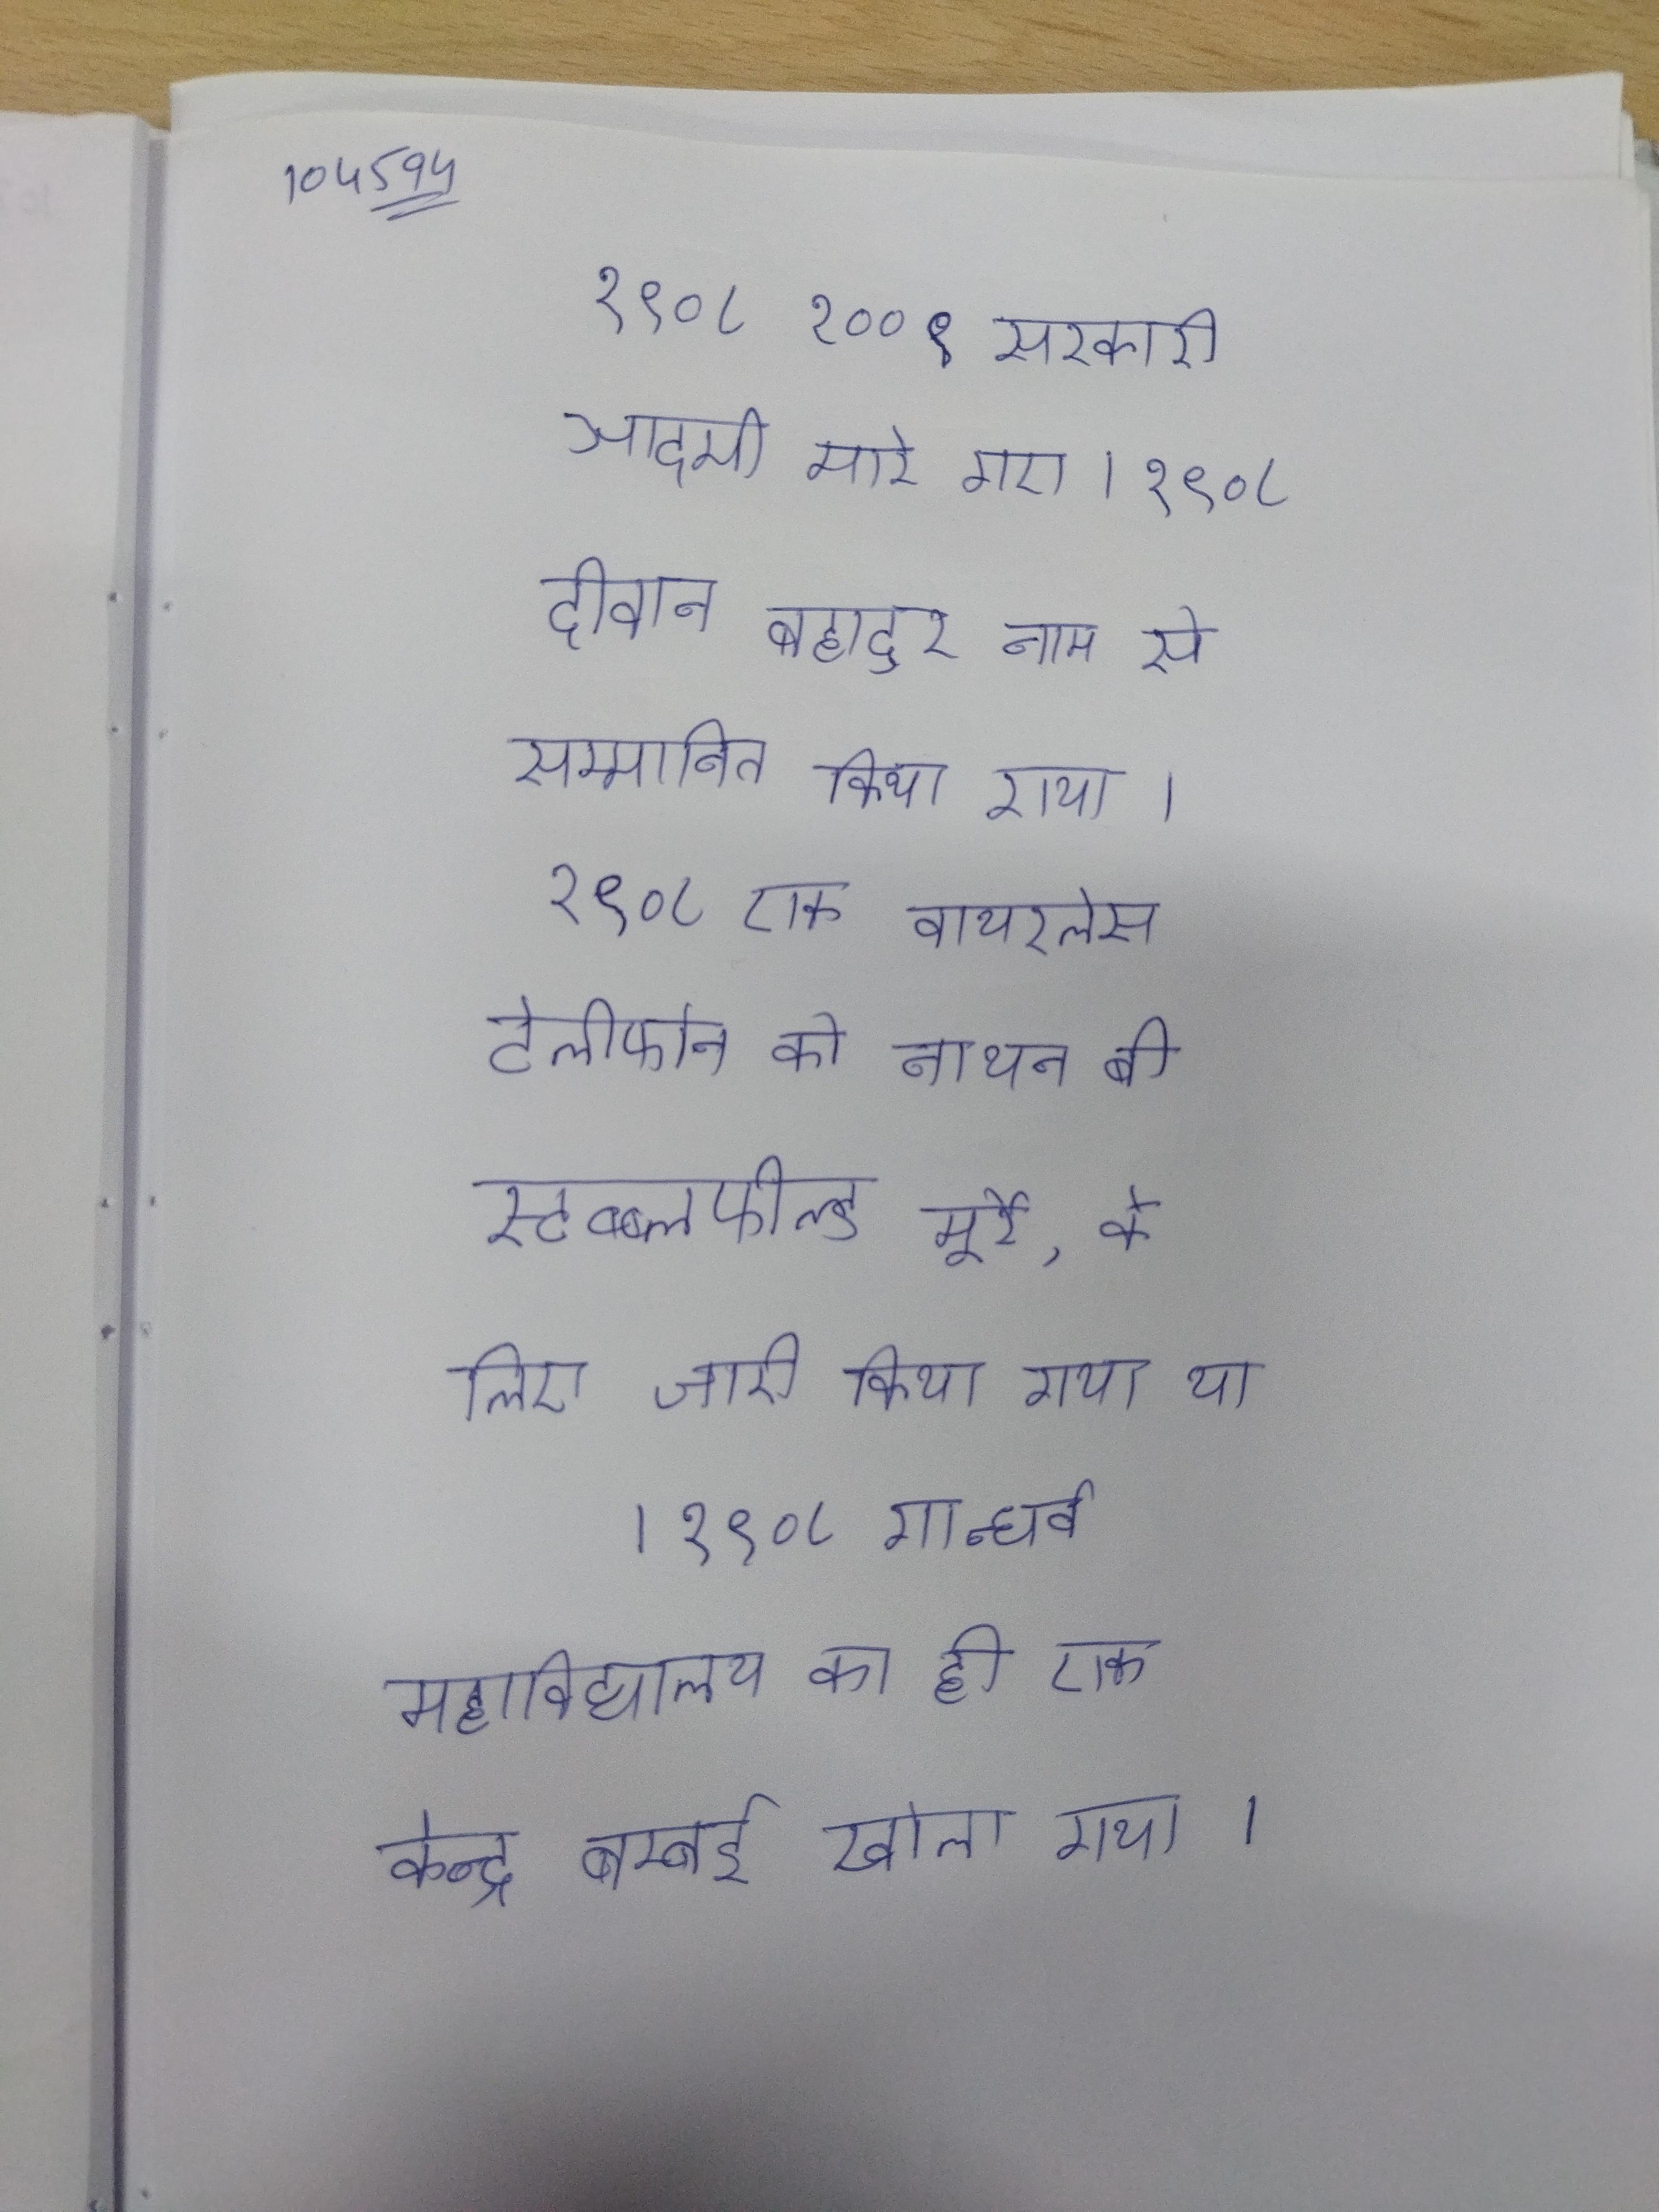
१९०८ १००९ सरकारी आदमी मारे गए । १९०८ दीवान बहादुर नाम से सम्मानित किया गया । १९०८ एक वायरलेस टेलीफोन को नाथन बी स्टब्ब्लफील्ड मूर्रे, के लिए जारी किया गया था । १९०८ गान्धर्व महाविद्यालय का ही एक केन्द्र बम्बई खोला गया ।